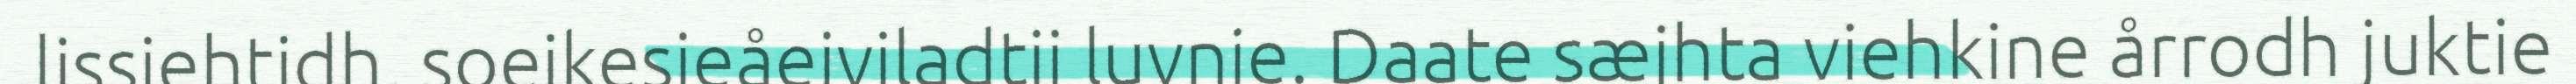
lissiehtidh, soejkesjeåejviladtji luvnie. Daate sæjhta viehkine årrodh juktie